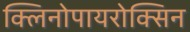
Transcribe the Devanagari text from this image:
क्लिनोपायरोक्सिन